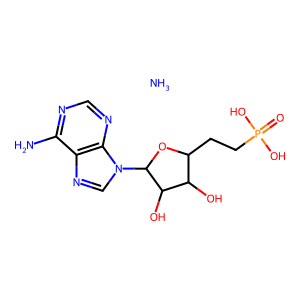
SMILES: N.Nc1ncnc2c1ncn2C1OC(CCP(=O)(O)O)C(O)C1O
Inhibits HIV replication: No